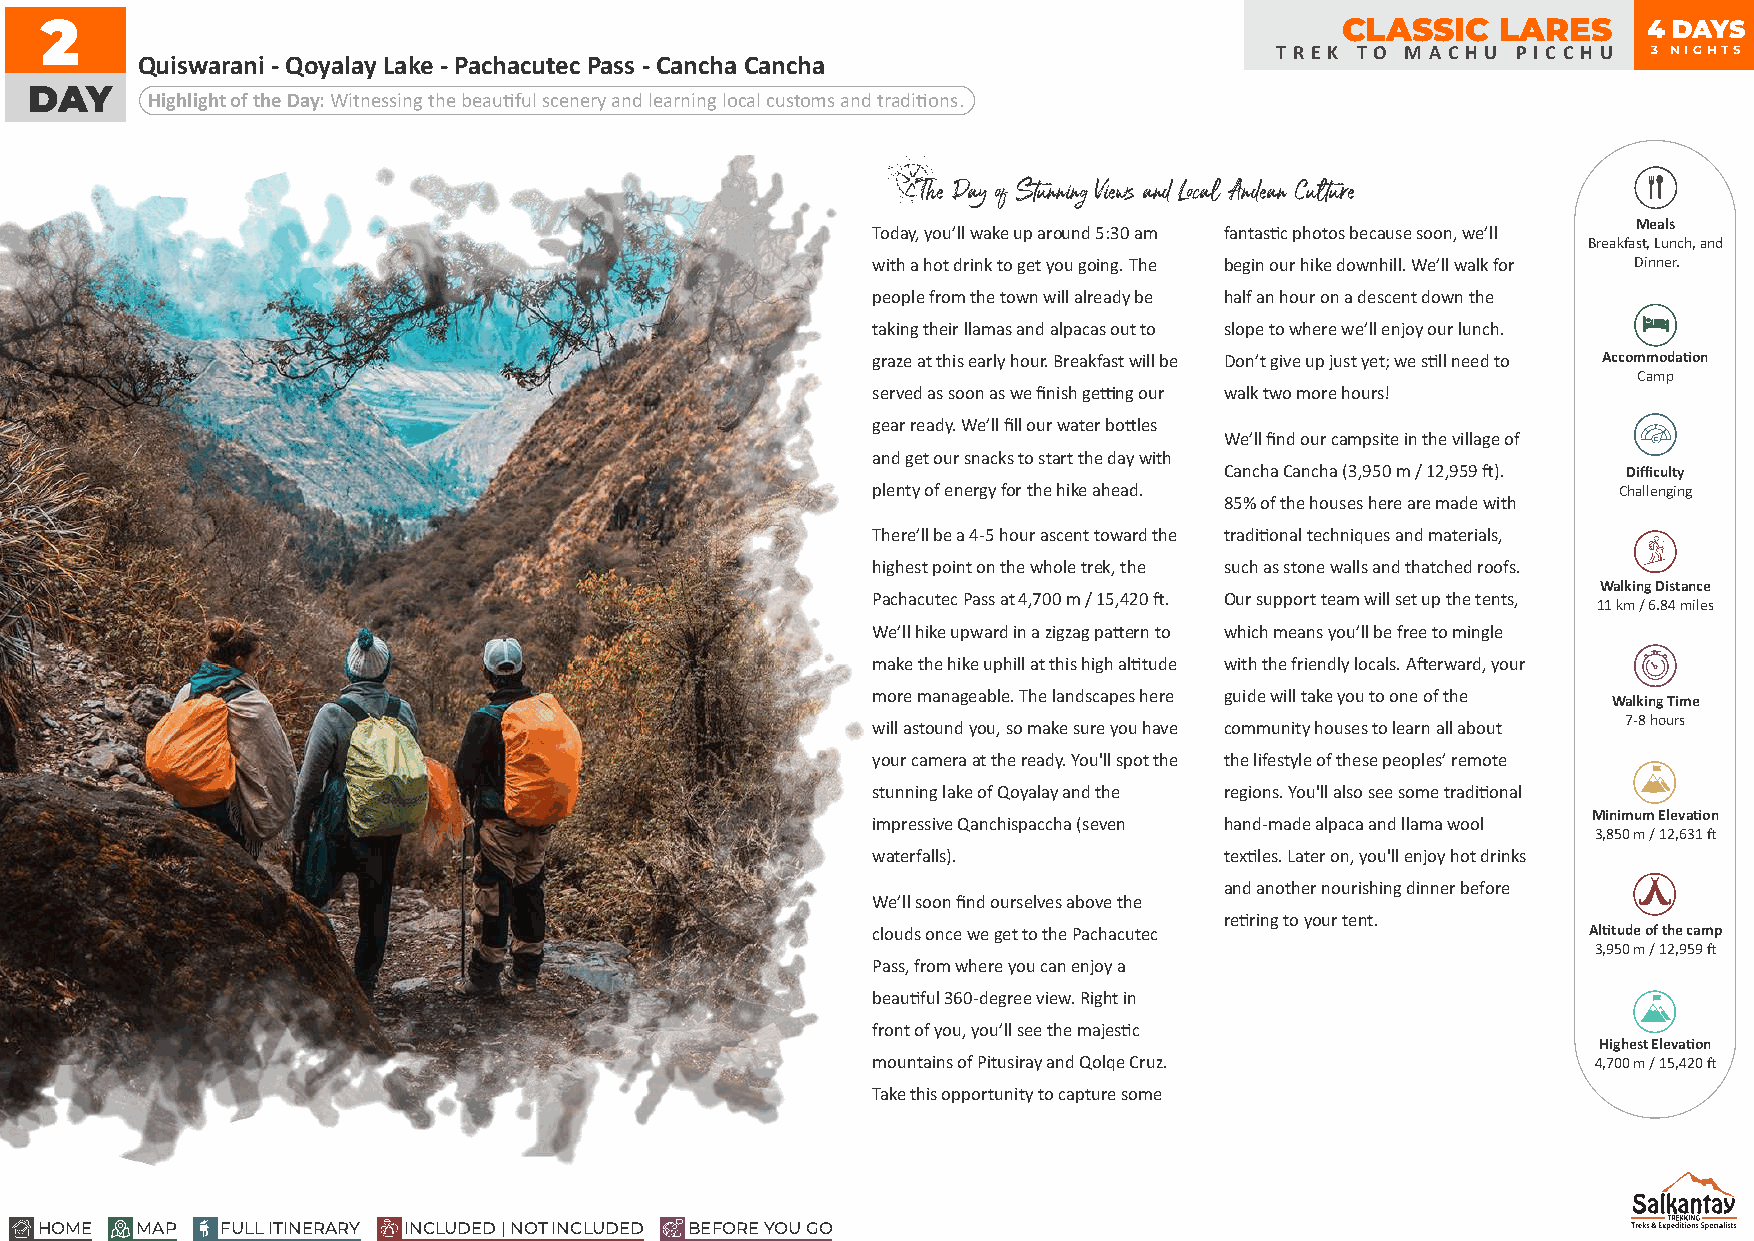
2                                                                                     CLASSIC   LARES     4 DAYS
 T R E K T O M A C H U P I C C H U 3 NIGHTS
 Quiswarani - Qoyalay Lake - Pachacutec Pass - Cancha Cancha
 DAY
 Highlight of the Day: Witnessing the beauful scenery and learning local customs and tradions.
 The Day of Stunning Views and Local Andean Culture
 Meals
 Today, you’ll wake up around 5:30 am fantasc photos because soon, we’ll
 Breakfast, Lunch, and
 with a hot drink to get you going. The begin our hike downhill. We’ll walk for Dinner.
 people from the town will already be half an hour on a descent down the
 taking their llamas and alpacas out to slope to where we’ll enjoy our lunch.
 graze at this early hour. Breakfast will be Don’t give up just yet; we sll need to Accommodaon
 Camp
 served as soon as we finish geng our walk two more hours!
 gear ready. We’ll fill our water boles
 We’ll find our campsite in the village of
 and get our snacks to start the day with
 Cancha Cancha (3,950 m / 12,959 ). Difficulty
 plenty of energy for the hike ahead.             Challenging
 85% of the houses here are made with
 There’ll be a 4-5 hour ascent toward the tradional techniques and materials,
 highest point on the whole trek, the such as stone walls and thatched roofs.
 Walking Distance
 Pachacutec Pass at 4,700 m / 15,420 . Our support team will set up the tents,
 11 km / 6.84 miles
 We’ll hike upward in a zigzag paern to which means you’ll be free to mingle
 make the hike uphill at this high altude with the friendly locals. Aerward, your
 more manageable. The landscapes here guide will take you to one of the
 Walking Time
 7-8 hours
 will astound you, so make sure you have community houses to learn all about
 your camera at the ready. You'll spot the the lifestyle of these peoples’ remote
 stunning lake of Qoyalay and the regions. You'll also see some tradional
 Minimum Elevaon
 impressive Qanchispaccha (seven hand-made alpaca and llama wool
 3,850 m / 12,631
 waterfalls).           texles. Later on, you'll enjoy hot drinks
 and another nourishing dinner before
 We’ll soon find ourselves above the
 rering to your tent.
 clouds once we get to the Pachacutec           Altude of the camp
 3,950 m / 12,959
 Pass, from where you can enjoy a
 beauful 360-degree view. Right in
 front of you, you’ll see the majesc
 Highest Elevaon
 mountains of Pitusiray and Qolqe Cruz.          4,700 m / 15,420
 Take this opportunity to capture some
 HOME   MAP   FULL ITINERARY INCLUDED | NOT INCLUDED BEFORE YOU GO